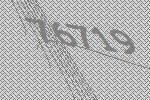
76719